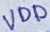
Text: VDD